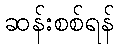
ဆန်းစစ်ရန်